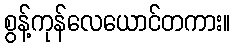
စွန့်ကုန်လေယောင်တကား။